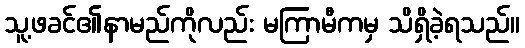
သူ့ဖခင်၏နာမည်ကိုလည်း မကြာမီကမှ သိရှိခဲ့ရသည်။